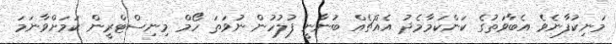
މަނިކުފާނެވެ އެބާވަތުގެ ކަންކަމާމެދު އެއްޗެއް ބުނާނީ ފުލުހުން ނުވަތަ ހޯމް މިނިސްޓްރީން ކަމަށްވާނަމަ